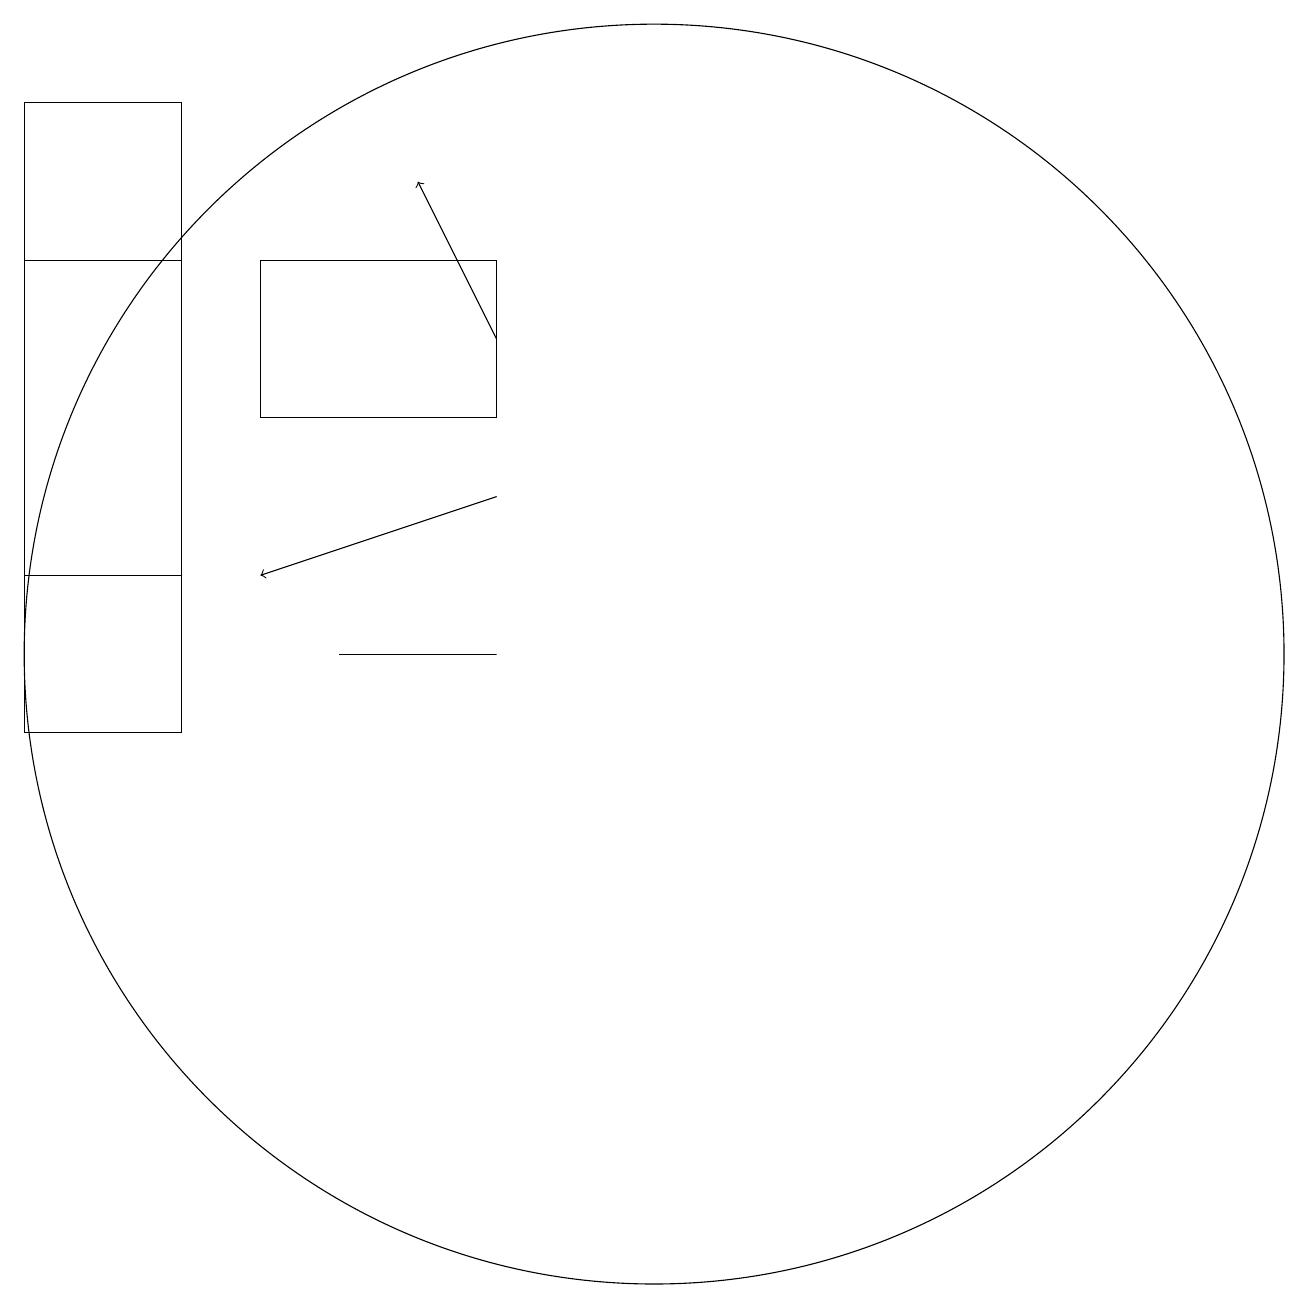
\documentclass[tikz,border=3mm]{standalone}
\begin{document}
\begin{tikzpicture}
\draw[->] (9,15) -- (8,17);
\draw (3,16) rectangle (5,12);
\draw (9,11) rectangle (7,11);
\draw[->] (9,13) -- (6,12);
\draw (9,16) rectangle (6,14);
\draw (11,11) circle (8);
\draw (3,18) rectangle (5,10);
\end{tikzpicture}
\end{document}